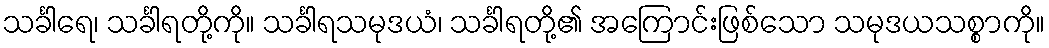
သင်္ခါရေ၊ သင်္ခါရတို့ကို။ သင်္ခါရသမုဒယံ၊ သင်္ခါရတို့၏ အကြောင်းဖြစ်သော သမုဒယသစ္စာကို။